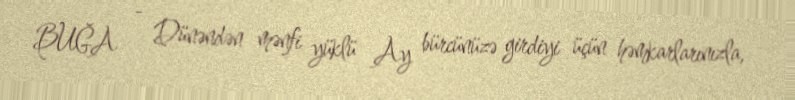
BUĞA - Dünəndən mənfi yüklü Ay bürcünüzə girdiyi üçün həmkarlarınızla,